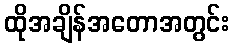
ထိုအချိန်အတောအတွင်း